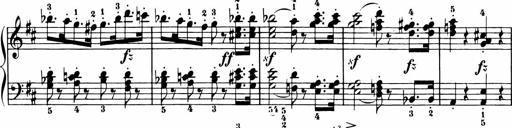
Title: 11 Sonatinas for Piano Solo
Composer: Anton Diabelli